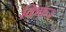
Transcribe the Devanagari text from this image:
किफ़र